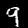
Digit: 9